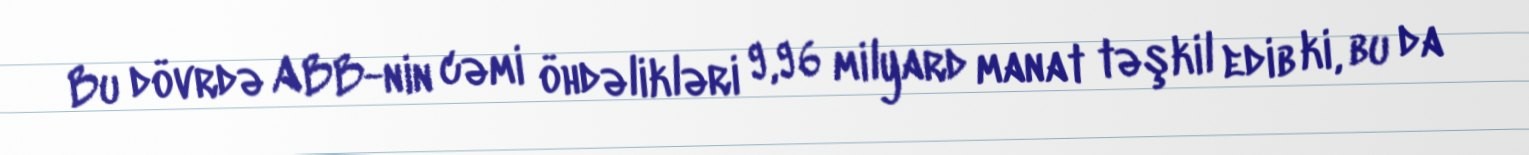
Bu dövrdə ABB-nin cəmi öhdəlikləri 9,96 milyard manat təşkil edib ki, bu da